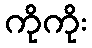
ကိုကိုး